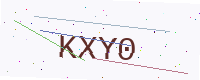
Text: KXY0